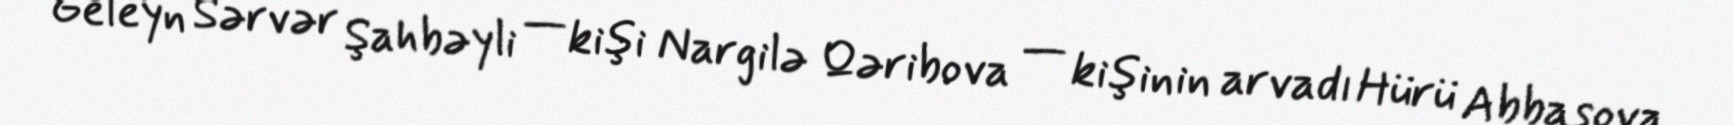
Geleyn Sərvər Şahbəyli — kişi Nargilə Qəribova — kişinin arvadı Hürü Abbasova